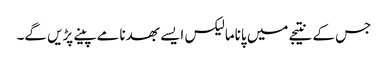
جس کے نتیجے میں پاناما لیکس ایسے بھدنامے پینے پڑیں گے۔